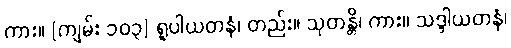
ကား။ [ကျမ်း ၁၀၃] ရူပါယတနံ၊ တည်း။ သုတန္တိ၊ ကား။ သဒ္ဒါယတနံ၊